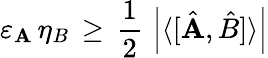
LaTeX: \varepsilon_{\mathbf{A}}\, \eta_{B}\, \geq\, {\frac{{1}}{{2}}}\, \left|\langle[{\hat{{\mathbf{A}}}},{\hat{{B}}}]\rangle\right|